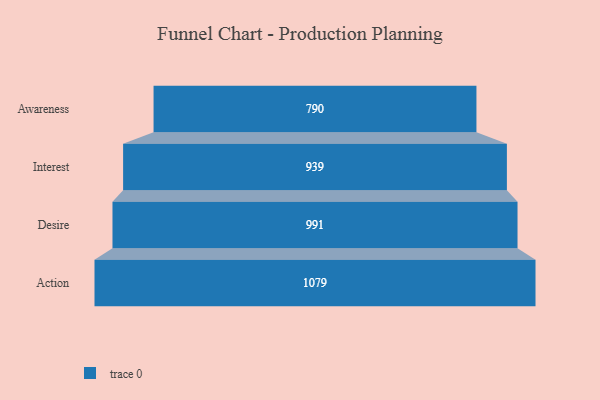
{"axis": {"x": "Stage", "y": "Value"}, "legend": [""], "data": [{"x": "Awareness", "y": 790.0, "type": ""}, {"x": "Interest", "y": 939.0, "type": ""}, {"x": "Desire", "y": 991.0, "type": ""}, {"x": "Action", "y": 1079.0, "type": ""}]}